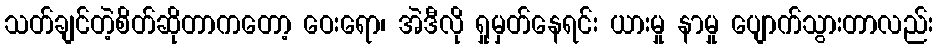
သတ်ချင်တဲ့စိတ်ဆိုတာကတော့ ဝေးရော၊ အဲဒီလို ရှုမှတ်နေရင်း ယားမှု နာမှု ပျောက်သွားတာလည်း